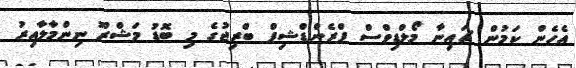
އެހެން ކަމުން ޗައިނާ މޯލްޑިވްސް ފްރެންޑްޝިޕް ބްރިޖުގެ މި ބޮޑު މަޝްރޫ ނިންމާލާއިރު